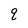
Character: q